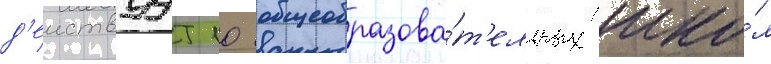
д'еиствуут 10 общеобразова́т'ельных шко́л